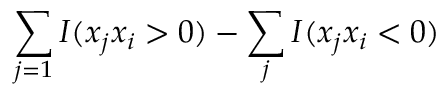
\sum _ { j = 1 } I ( x _ { j } x _ { i } > 0 ) - \sum _ { j } I ( x _ { j } x _ { i } < 0 )